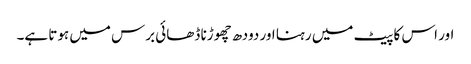
اور اس کا پیٹ میں رہنا اور دودھ چھوڑنا ڈھائی برس میں ہوتا ہے۔